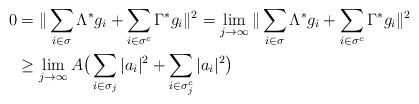
LaTeX: \begin{align*}0&=\|\sum_{i\in\sigma}\Lambda^*g_i+\sum_{i\in\sigma^c}\Gamma^*g_i\|^2=\lim_{j\rightarrow\infty}\|\sum_{i\in\sigma}\Lambda^*g_i+\sum_{i\in\sigma^c}\Gamma^*g_i\|^2\\&\ge \lim_{j\rightarrow\infty}A\big(\sum_{i \in \sigma_j}|a_i|^2+\sum_{i \in \sigma^c_j}|a_i|^2\big)\end{align*}